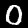
Label: 0